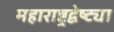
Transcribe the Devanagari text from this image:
महाराष्ट्रद्वेष्ट्या